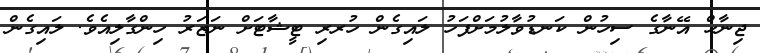
ޖިނާހް އޭނާގެ ސިހުން ކަނޑުވާލުމަށްފަހު ލައިގެން ހުރރި ޓީޝާޓަށް ނަޒަރު ހިންގާލިއެވެ. ލައިގެން